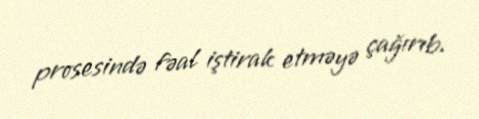
prosesində fəal iştirak etməyə çağırıb.